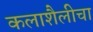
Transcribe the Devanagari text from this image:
कलाशैलीचा